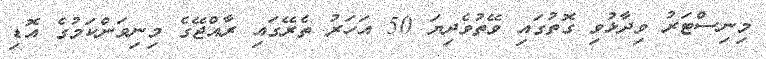
މިނިސްޓަރު ވިދާޅުވި ގޮތުގައި ވޭތުވެދިޔަ 50 އަހަރު ތެރޭގައި ރާއްޖޭގެ މިނިވަންކަމުގެ އޮޑި